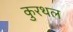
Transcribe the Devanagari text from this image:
कुरथल